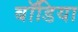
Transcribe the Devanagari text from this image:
बॉडिया